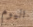
اليوم